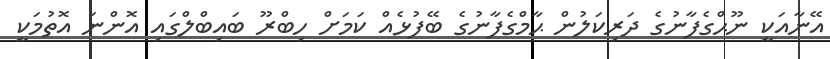
އޭނާއަކީ ނޫޙްގެފާނުގެ ދަރިކަލުން ޙާމްގެފާނުގެ ބޭފުޅެއް ކަމަށް ހިބްރޫ ބައިބްލްގައި އޮންނަ އޮތުމަކީ